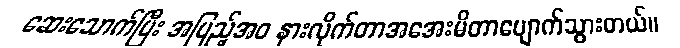
ဆေးသောက်ပြီး အပြည့်အဝ နားလိုက်တာအအေးမိတာပျောက်သွားတယ်။